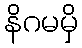
နိဂမမှိ